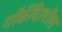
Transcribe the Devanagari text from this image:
गॉर्कीदेखील